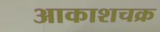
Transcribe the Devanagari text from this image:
आकाशचक्र